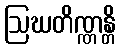
ဩဃတိဏ္ဏန္တိ